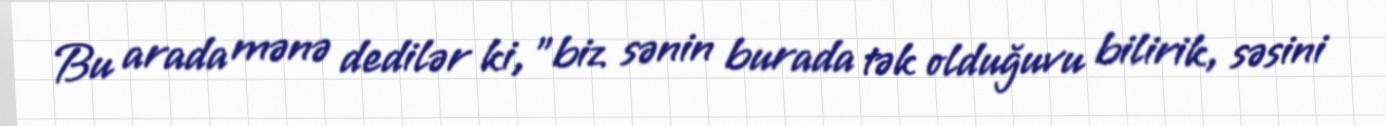
Bu arada mənə dedilər ki, ”biz sənin burada tək olduğuvu bilirik, səsini